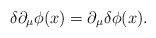
\begin{align*}\delta\partial_{\mu}\phi(x)=\partial_{\mu}\delta\phi(x).\end{align*}